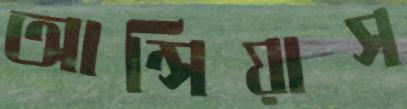
আন্সিয়াস